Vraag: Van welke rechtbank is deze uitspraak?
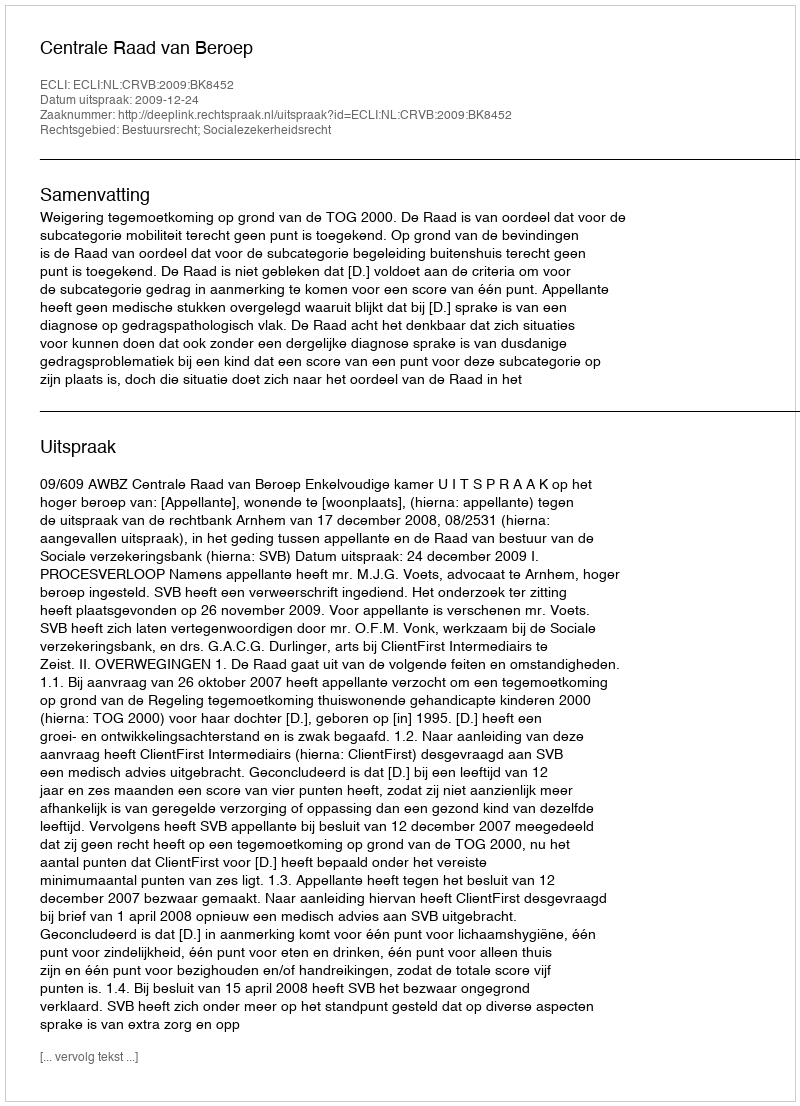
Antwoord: Centrale Raad van Beroep